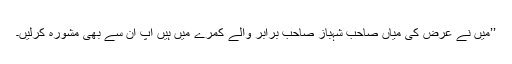
’’میں نے عرض کی میاں صاحب شہباز صاحب برابر والے کمرے میں ہیں آپ ان سے بھی مشورہ کرلیں۔